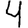
Digit: 4